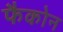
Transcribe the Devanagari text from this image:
फैकोन